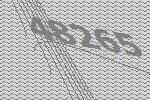
48265